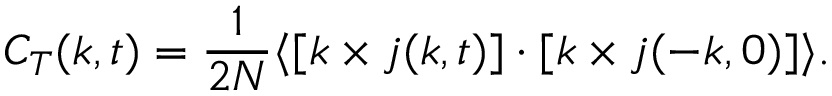
C _ { T } ( \boldsymbol { k } , t ) = \frac { 1 } { 2 N } \langle [ \boldsymbol { k } \times \boldsymbol { j } ( \boldsymbol { k } , t ) ] \cdot [ \boldsymbol { k } \times \boldsymbol { j } ( - \boldsymbol { k } , 0 ) ] \rangle .